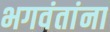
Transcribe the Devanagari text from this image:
भगवंतांना